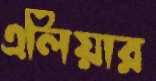
এলিয়ার